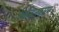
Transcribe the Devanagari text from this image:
चिन्हितकारन